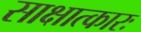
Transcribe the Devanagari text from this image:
साक्षात्कारः